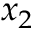
x _ { 2 }